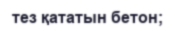
тез қататын бетон;